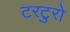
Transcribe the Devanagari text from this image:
टरटुरो